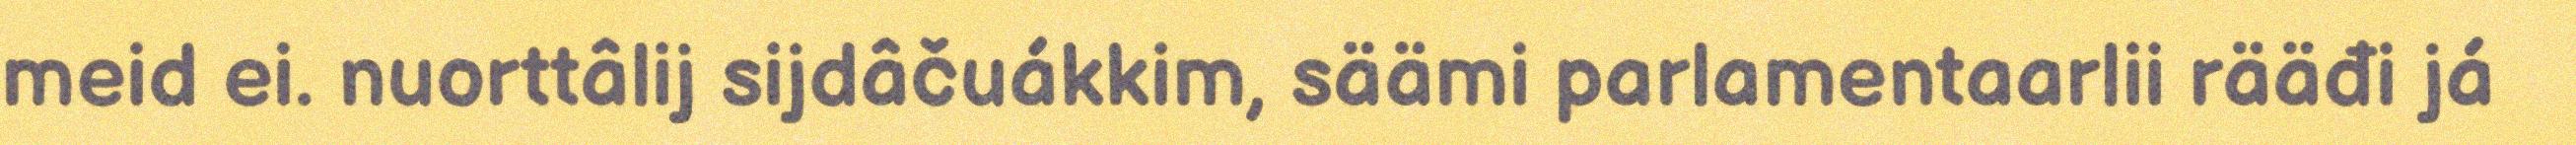
meid ei. nuorttâlij sijdâčuákkim, säämi parlamentaarlii rääđi já